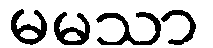
မမသာ